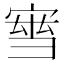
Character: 𡩝